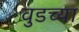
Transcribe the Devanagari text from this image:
वुडच्या